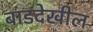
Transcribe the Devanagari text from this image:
बाडदेखील